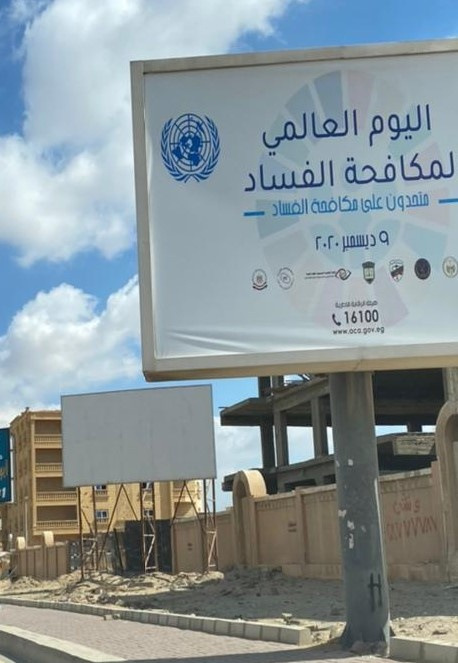
Text in image: اليوم العالمي لمكافحة الفساد متحدون على مكافحة الفساد 9 2020 ديسمبر 16100